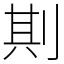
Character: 剘